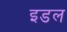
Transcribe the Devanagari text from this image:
इडल